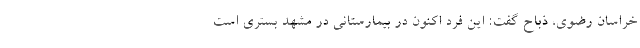
خراسان رضوی، ذباح گفت: این فرد اکنون در بیمارستانی در مشهد بستری است